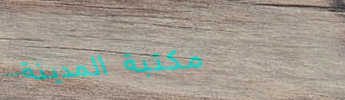
مكتبة المدينة